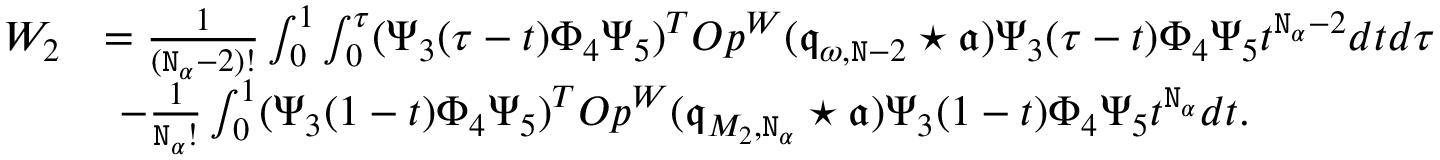
\begin{array} { r l } { W _ { 2 } } & { = \frac { 1 } { ( \mathtt { N } _ { \alpha } - 2 ) ! } \int _ { 0 } ^ { 1 } \int _ { 0 } ^ { \tau } ( \Psi _ { 3 } ( \tau - t ) \Phi _ { 4 } \Psi _ { 5 } ) ^ { T } O p ^ { W } ( \mathfrak { q } _ { \omega , \mathtt { N } - 2 } \star \mathfrak { a } ) \Psi _ { 3 } ( \tau - t ) \Phi _ { 4 } \Psi _ { 5 } t ^ { \mathtt { N } _ { \alpha } - 2 } d t d \tau } \\ & { \ - \frac { 1 } { \mathtt { N } _ { \alpha } ! } \int _ { 0 } ^ { 1 } ( \Psi _ { 3 } ( 1 - t ) \Phi _ { 4 } \Psi _ { 5 } ) ^ { T } O p ^ { W } ( \mathfrak { q } _ { M _ { 2 } , \mathtt { N } _ { \alpha } } \star \mathfrak { a } ) \Psi _ { 3 } ( 1 - t ) \Phi _ { 4 } \Psi _ { 5 } t ^ { \mathtt { N } _ { \alpha } } d t . } \end{array}